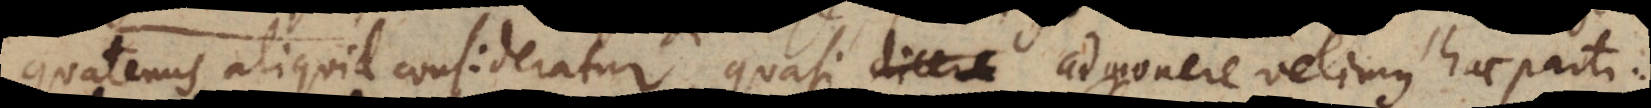
quatenus aliquid consideratur, quasi dicere admonere velimus hac parti